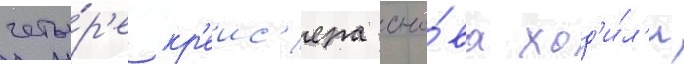
четы́р'е кр'еис'ера сно́ва ход'и́л'и